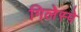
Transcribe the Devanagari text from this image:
गिलेस्पे